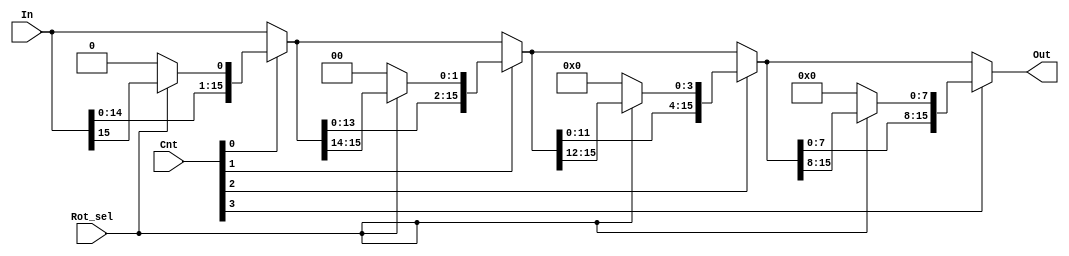

module lshifter(In, Cnt, Rot_sel, Out);
    input [15:0] In;
    input [3:0] Cnt;
    input Rot_sel;
    output [15:0] Out;

    wire [15:0] intermediates[2:0];
    wire [15:0] shifts[3:0];

    assign shifts[0] = In << 1;
    assign shifts[1] = intermediates[0] << 2;
    assign shifts[2] = intermediates[1] << 4;
    assign shifts[3] = intermediates[2] << 8;

    assign intermediates[0] = (~Cnt[0]) ? In :
                              (Rot_sel) ? {shifts[0][15:1], In[15]} :
                              shifts[0];

    assign intermediates[1] = (~Cnt[1]) ? intermediates[0] :
                              (Rot_sel) ? {shifts[1][15:2], intermediates[0][15:14]} :
                              shifts[1];

    assign intermediates[2] = (~Cnt[2]) ? intermediates[1] :
                              (Rot_sel) ? {shifts[2][15:4], intermediates[1][15:12]} :
                              shifts[2];

    assign Out = (~Cnt[3]) ? intermediates[2] :
                 (Rot_sel) ? {shifts[3][15:8], intermediates[2][15:8]} :
                 shifts[3];

endmodule